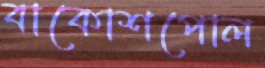
বাকোশপোল